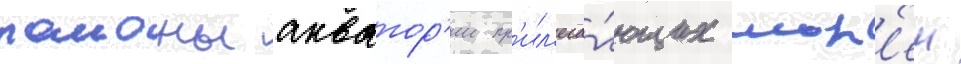
раионы акватор'ии пр'ил'ега́ющих мор'еи